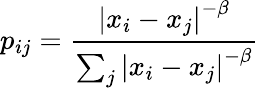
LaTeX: p_{ij}=\frac{\left|x_{i}-x_{j}\right|^{-\beta}}{\sum_{j}\left|x_{i}-x_{j}\right|^{-\beta}}